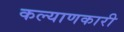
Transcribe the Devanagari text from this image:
कल्‍याणकारी